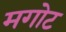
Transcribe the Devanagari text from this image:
मगोट